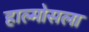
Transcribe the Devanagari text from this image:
हाल्मोसला